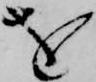
を